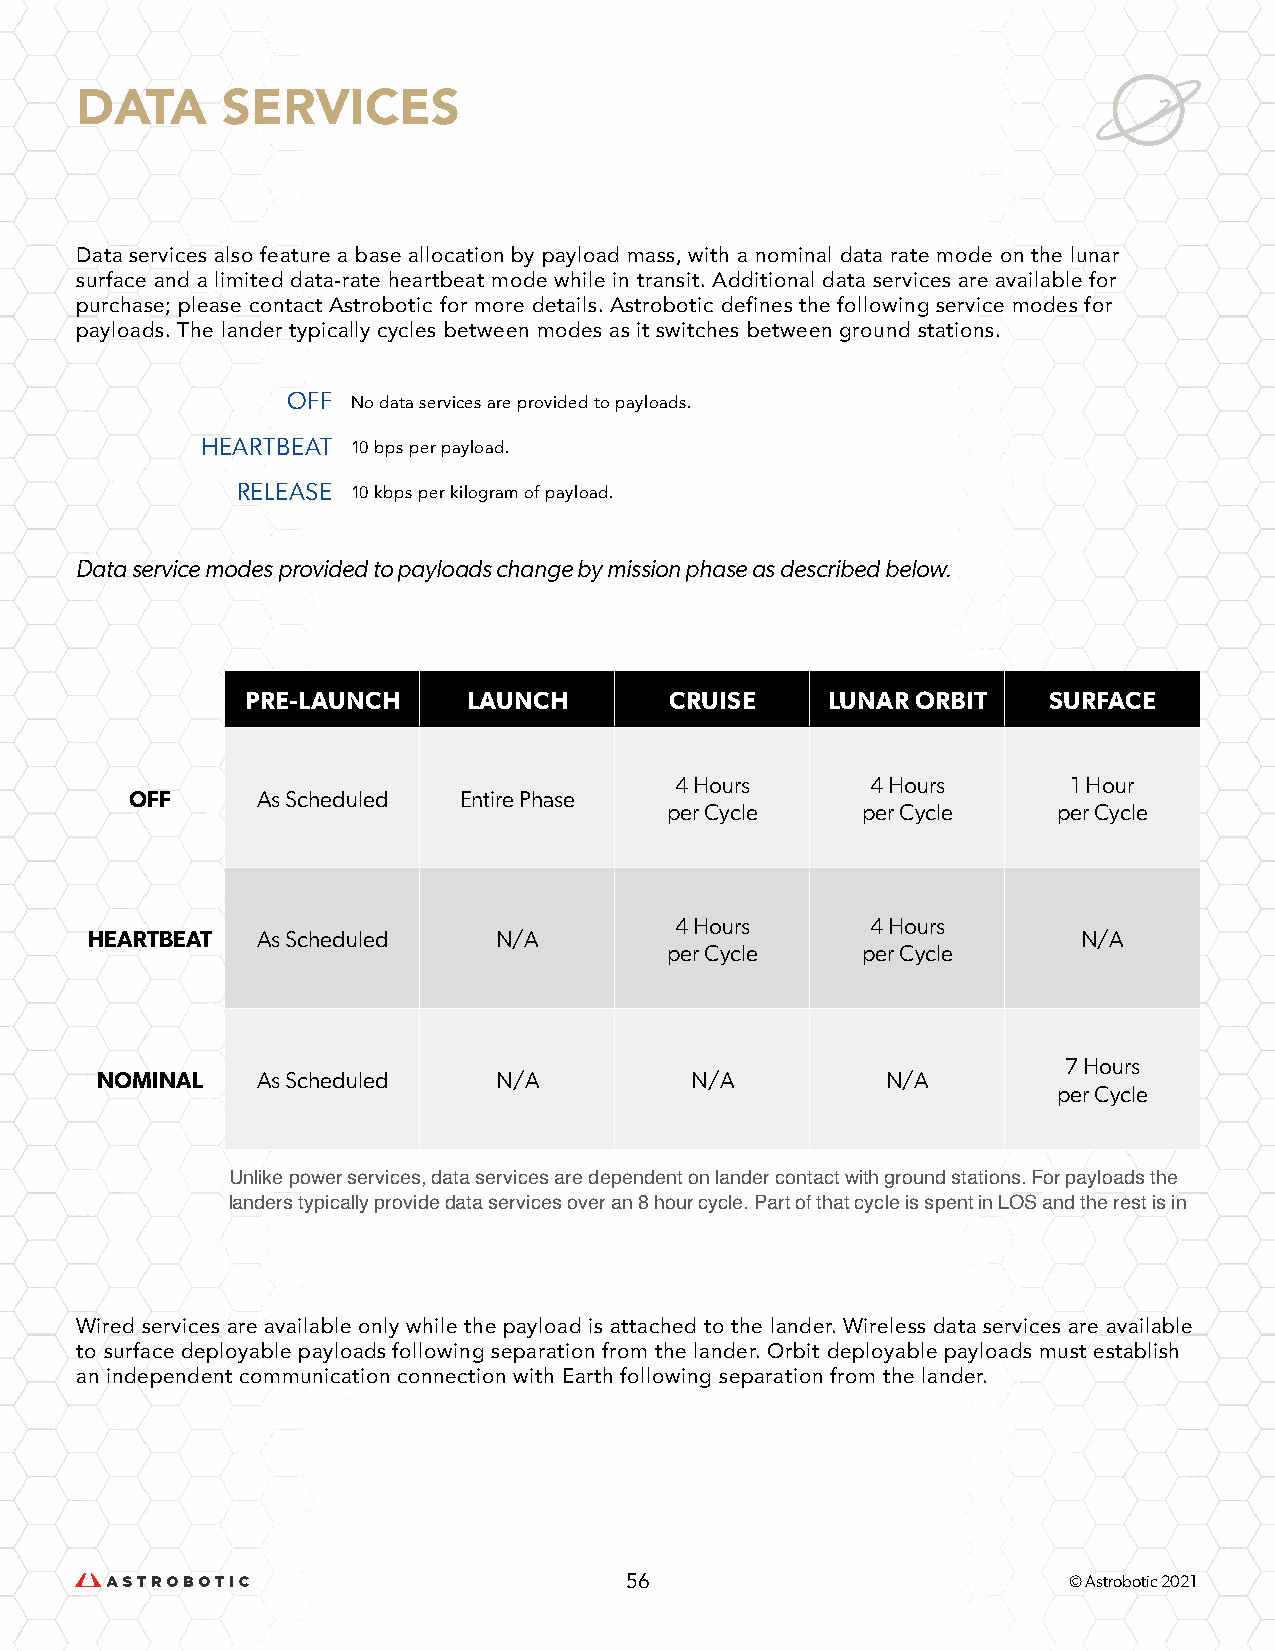
DATA      SERVICES
 Data services also feature a base allocation by payload mass, with a nominal data rate mode on the lunar
 surface and a limited data-rate heartbeat mode while in transit. Additional data services are available for
 purchase; please contact Astrobotic for more details. Astrobotic defines the following service modes for
 payloads. The lander typically cycles between modes as it switches between ground stations.
 OFF
 No data services are provided to payloads.
 HEARTBEAT
 10 bps per payload.
 RELEASE
 10 kbps per kilogram of payload.
 Data service modes provided to payloads change by mission phase as described below.
 PRE-LAUNCH     LAUNCH       CRUISE     LUNAR ORBIT   SURFACE
 4 Hours      4 Hours      1 Hour
 OFF     As Scheduled Entire Phase
 per Cycle    per Cycle    per Cycle
 4 Hours      4 Hours
 HEARTBEAT  As Scheduled    N/A                                    N/A
 per Cycle    per Cycle
 7 Hours
 NOMINAL    As Scheduled    N/A          N/A          N/A
 per Cycle
 Unlike power services, data services are dependent on lander contact with ground stations. For payloads the
 landers typically provide data services over an 8 hour cycle. Part of that cycle is spent in LOS and the rest is in
 Wired services are available only while the payload is attached to the lander. Wireless data services are available
 to surface deployable payloads following separation from the lander. Orbit deployable payloads must establish
 an independent communication connection with Earth following separation from the lander.
 56                            © Astrobotic 2021